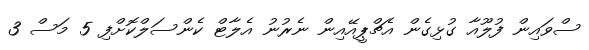
ސްވައިން ފުލޫއާ ގުޅިގެން އެޗްޕީއޭއިން ނެރުނު އެލާޓް ކެންސަލްކޮށްފި 5 މަސް 3